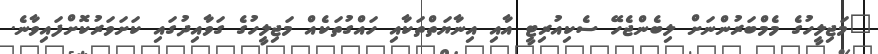
"މަޖިލީހުގެ މެމްބަރުންނަށް ލިބެންޖެހޭ ސެކިއުރިޓީ އާއި އިނާޔަތްތަކާއި ހައްގުތަކެއް މަޖިލީހުގެ ގަވާއިދުގައި ކަށަވަރުކޮށްފައިވާނެ.